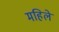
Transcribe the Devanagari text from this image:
महिले